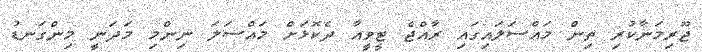
ޖޫރިމަނާކުރި ތިން މައްސަލައިގައި ރާއްޖެ ޓީވީއާ ދެކޮޅަށް މައްސަލަ ނިންމި މަދަނީ މިންގަނޑު